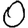
Digit: 0